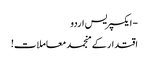
- ایکسپریس اردو
اقتدار کے منجمد معاملات!